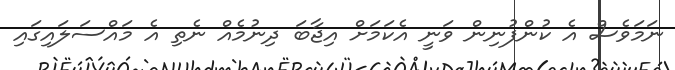
ނަމަވެސް އެ ކުންފުނިން ވަނީ އެކަމަށް އިޖާބަ ދިނުމެއް ނެތި އެ މައްސަލައިގައި